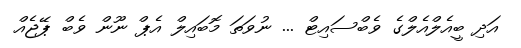
އަދި ބީއެލްއެލްގެ ވެބްސައިޓް ... ނުވަތަ މޮބައިލް އެޕް ނޫން ވެބް ޕޭޖެއް